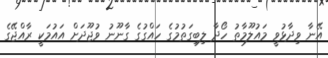
އޭނާ ވިދާޅުވީ މައުލޫމާތު ހޯދާ ލިބިގަތުމުގެ ހައްގުގެ ގާނޫނު ވުޖޫދަށް އައުމަކީ ރާއްޖޭގެ